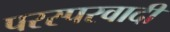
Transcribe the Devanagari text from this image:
परस्परवादी